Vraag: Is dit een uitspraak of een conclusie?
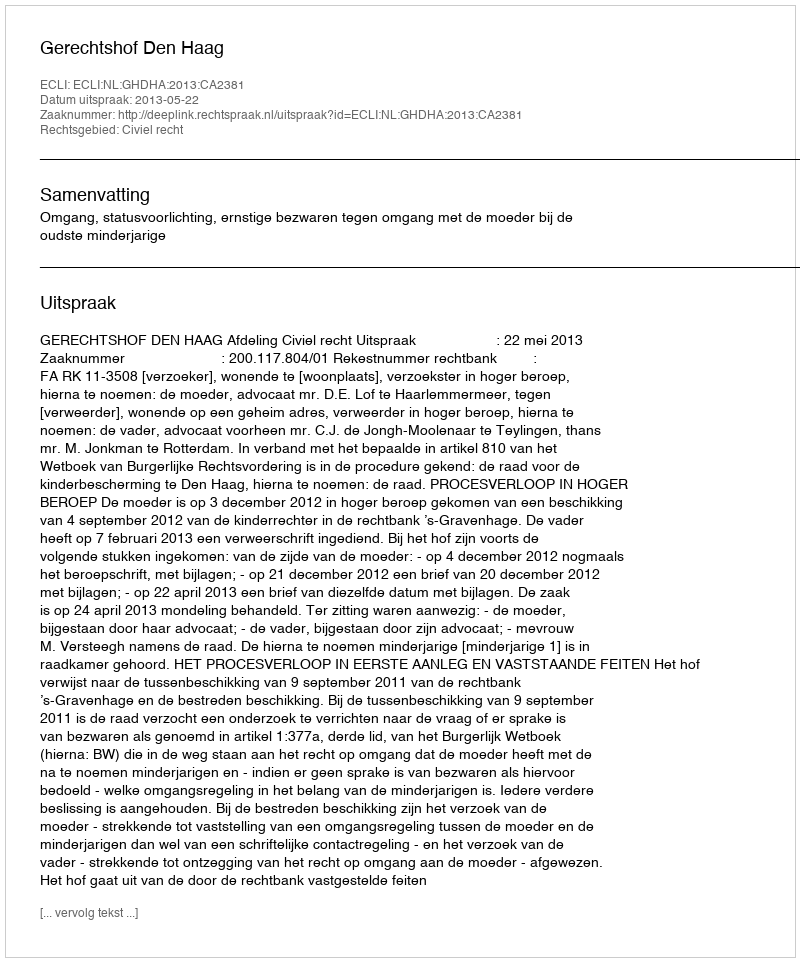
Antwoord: Uitspraak